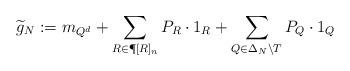
LaTeX: \begin{align*} \widetilde g_N:= m_{Q^d}+ \sum\limits_{R\in \P[R]_n} P_R\cdot 1_R+\sum\limits_{Q\in \Delta_N\setminus T} P_Q\cdot 1_Q\end{align*}